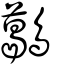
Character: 𪆰